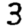
Digit: 3